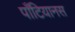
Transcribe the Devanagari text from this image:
पाँटियानस